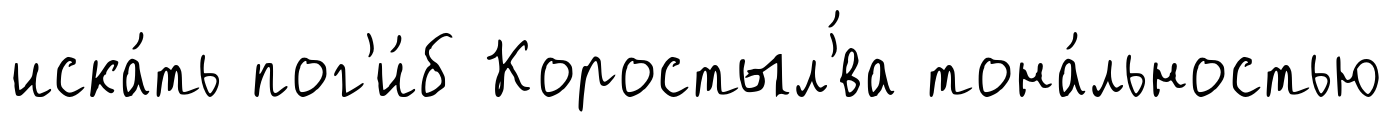
иска́ть пог'и́б Коростыл'́ва тона́льностью